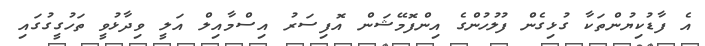
އެ ފާޑުކިޔުންތަކާ ގުޅިގެން ފުލުހުންގެ އިންފޮމޭޝަން އޮފިސަރު އިސްމާއިލް އަލީ ވިދާޅުވީ ތަހުގީގުގައި